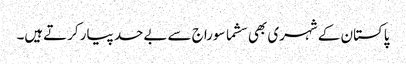
پاکستان کے شہری بھی سشما سوراج سے بےحد پیار کرتےہیں۔